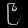
Digit: ၉